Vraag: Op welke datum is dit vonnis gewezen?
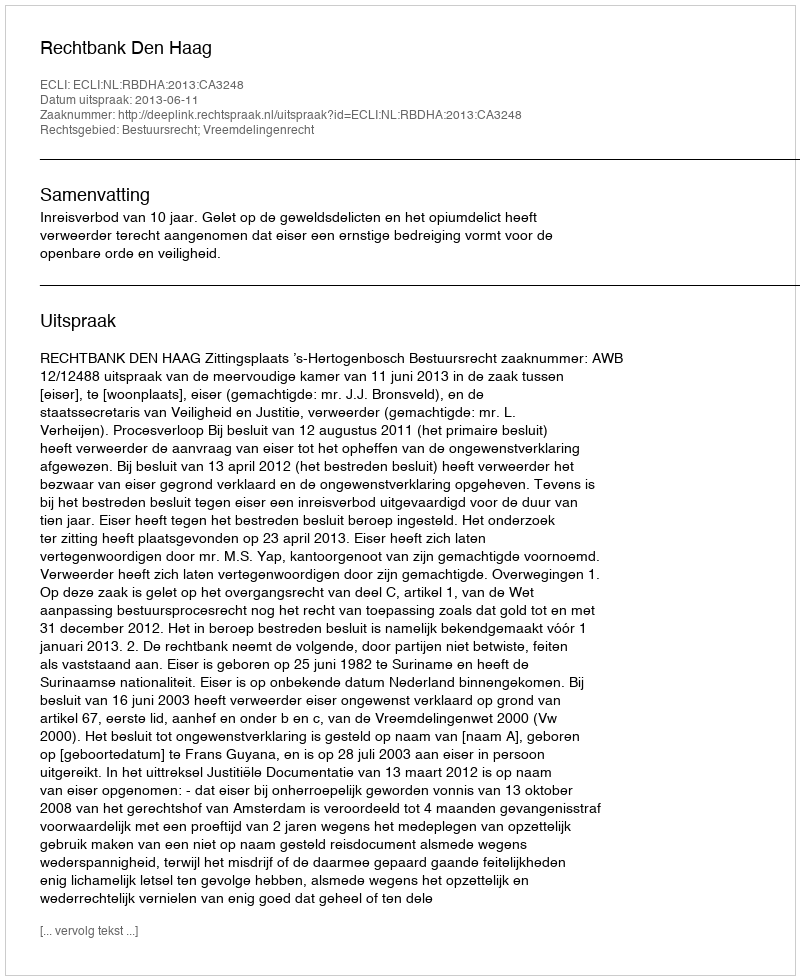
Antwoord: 2013-06-11